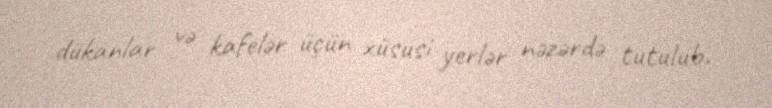
dükanlar və kafelər üçün xüsusi yerlər nəzərdə tutulub.